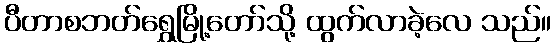
ပီတာစဘတ်ရွှေမြို့တော်သို့ ထွက်လာခဲ့လေ သည်။